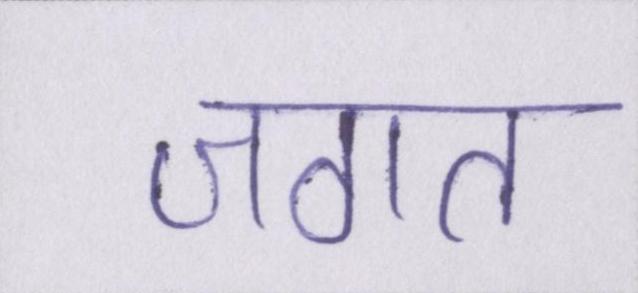
जगत